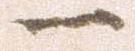
一